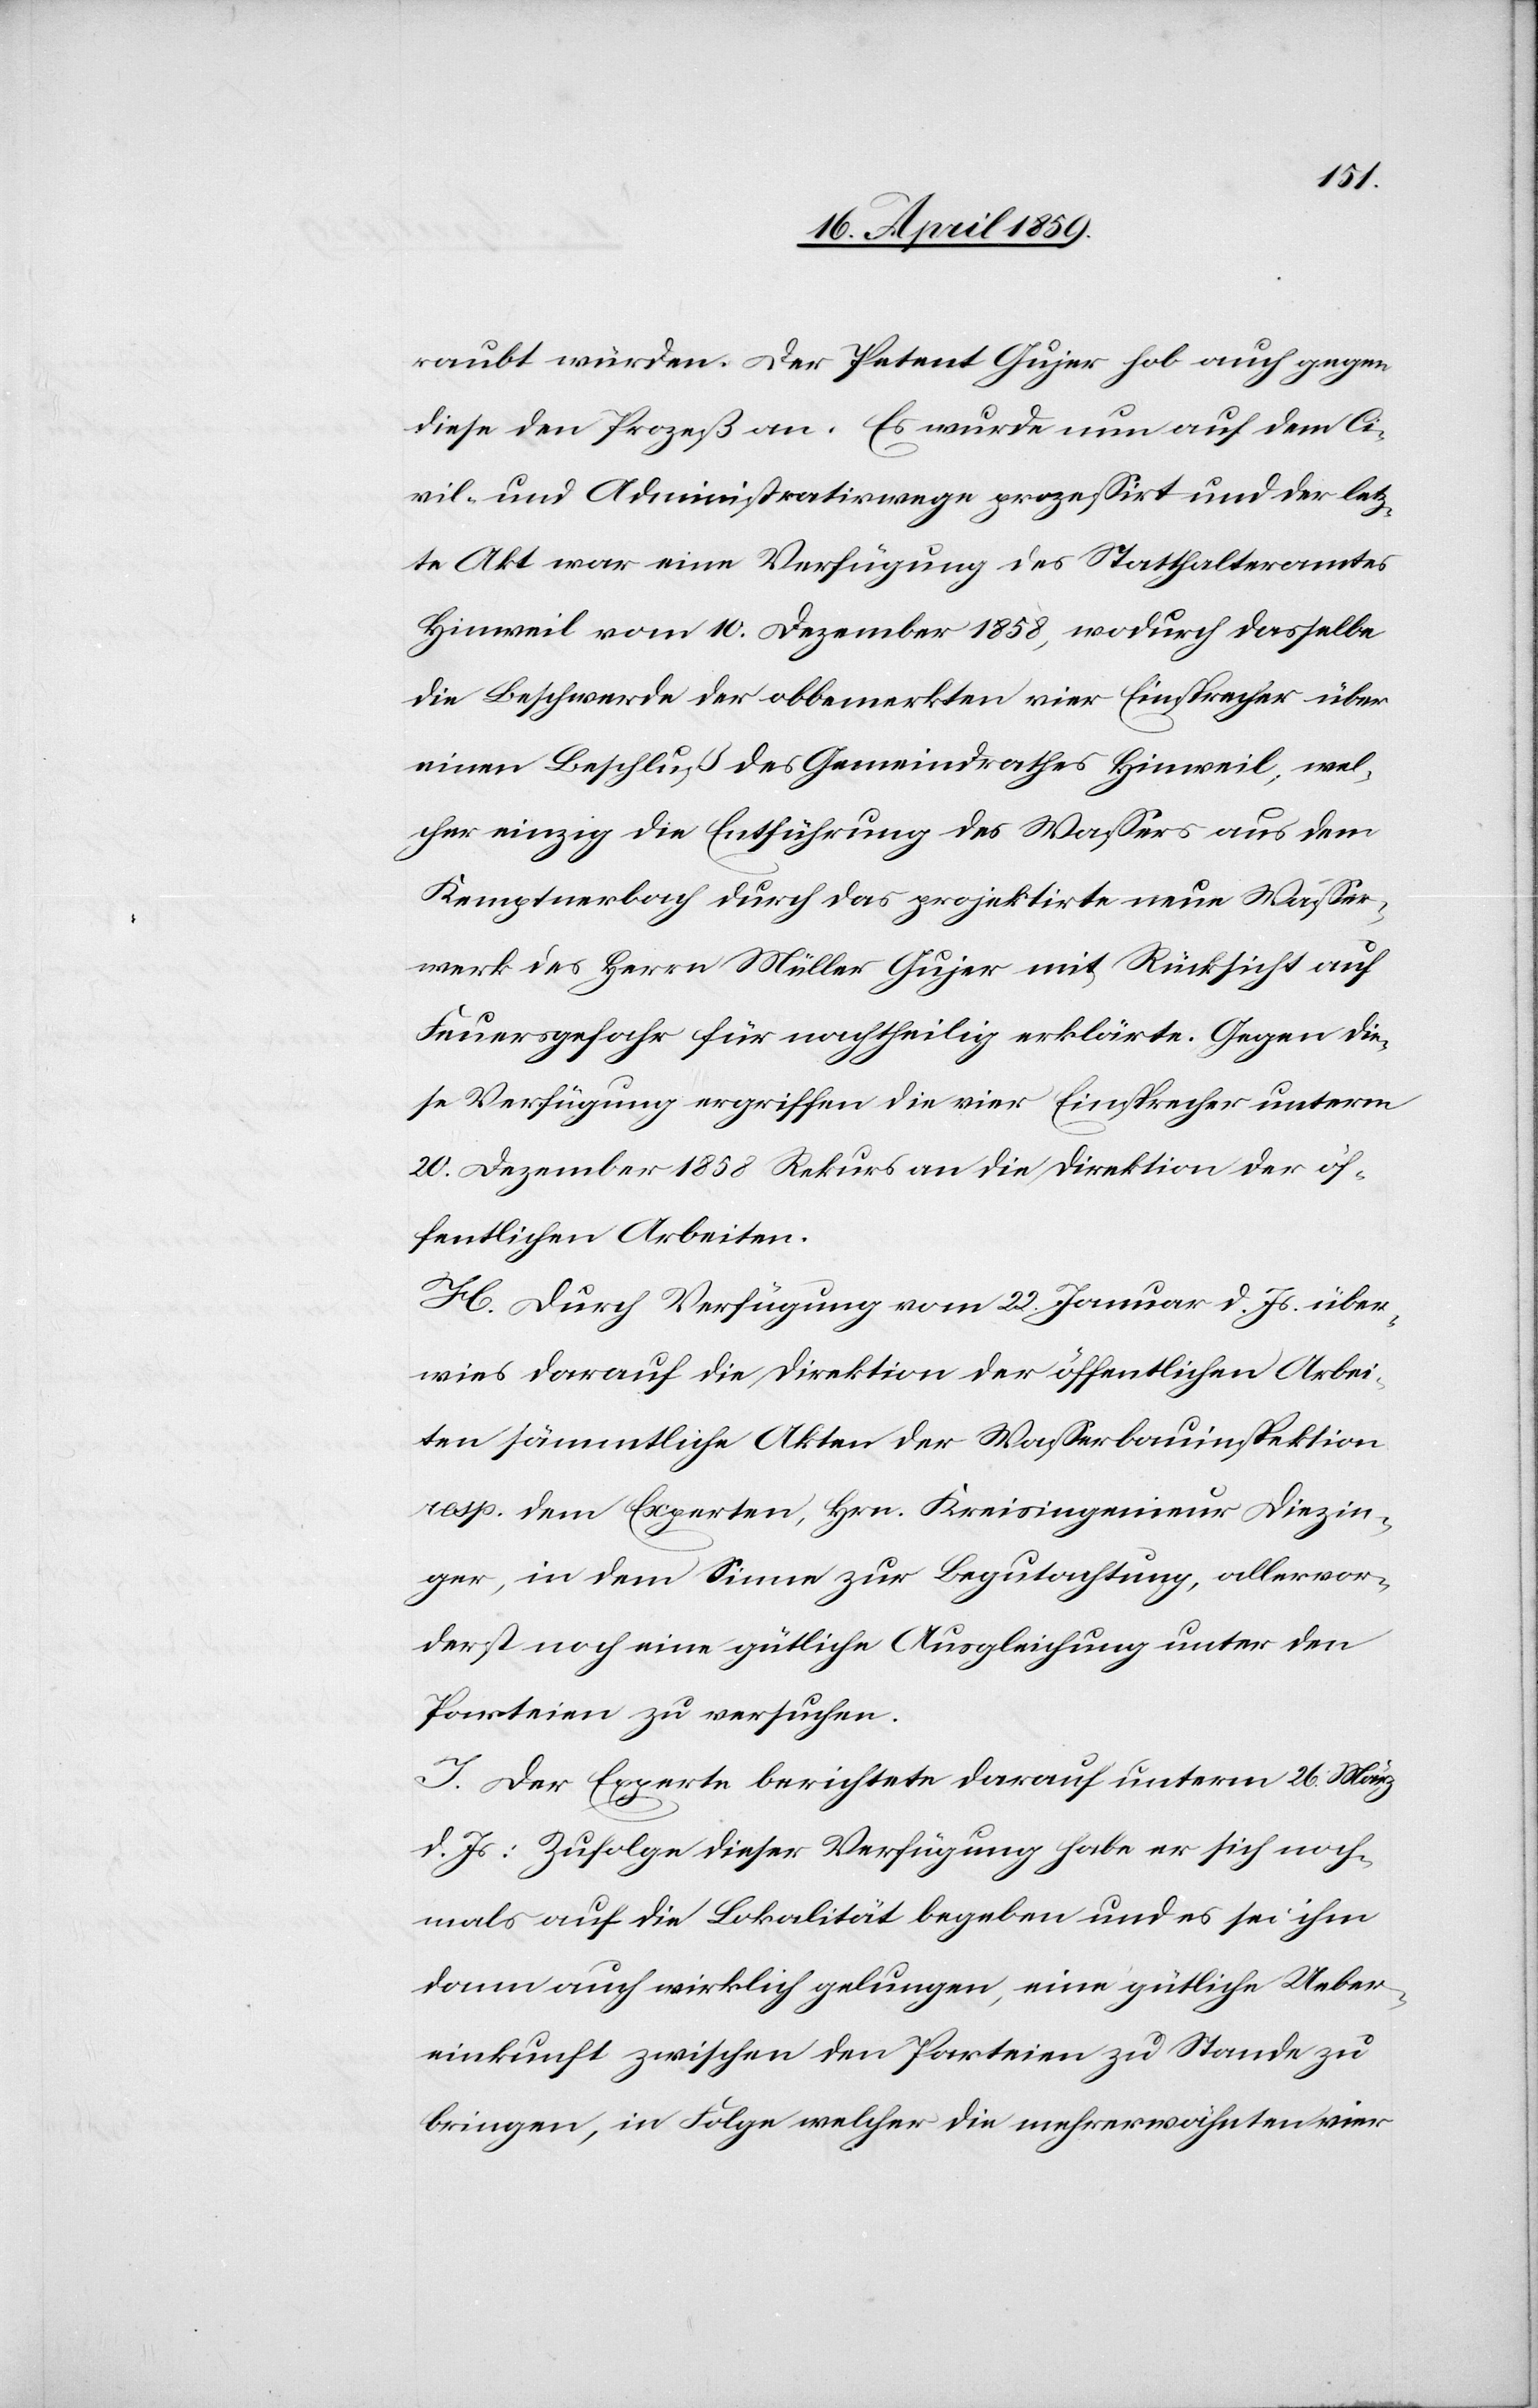
raubt würden. Der Petent Gujer hob auch gegen
diese den Prozeß an. Es wurde nun auf dem Ci¬
vil- und Administrativwege prozeßirt und der letz¬
te Akt war eine Verfügung des Statthalteramtes
Hinweil vom 10. Dezember 1858, wodurch dasselbe
die Beschwerde der obbemerkten vier Einsprecher über
einen Beschluß des Gemeindrathes Hinweil, wel¬
cher einzig die Entführung des Waßers aus dem
Kemptnerbach durch das projektirte neue Waßer¬
werk des Herrn Müller Gujer mit Rücksicht auf
Feuersgefahr für nachtheilig erklärte. Gegen die¬
se Verfügung ergriffen die vier Einsprecher unterm
20. Dezember 1858 Rekurs an die Direktion der öf¬
fentlichen Arbeiten.
H. Durch Verfügung vom 22. Januar d. Js. über¬
wies darauf die Direktion der öffentlichen Arbei¬
ten sämmtliche Akten der Waßerbauinspektion
resp. dem Experten, Hrn. Kreisingenieur Diezin¬
ger, in dem Sinne zur Begutachtung, allervor¬
derst noch eine gütliche Ausgleichung unter den
Parteien zu versuchen.
J. Der Experte berichtete darauf unterm 26. März
d. Js: Zufolge dieser Verfügung habe er sich noch¬
mals auf die Lokalität begeben und es sei ihm
dann auch wirklich gelungen, eine gütliche Ueber¬
einkunft zwischen den Parteien zu Stande zu
bringen, in Folge welcher die mehrerwähnten vier